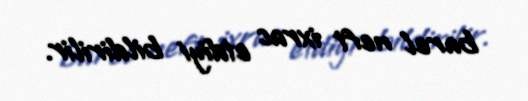
barel neft ixrac etdiyi bildirilir.